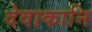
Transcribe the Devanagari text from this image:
देवाकानि